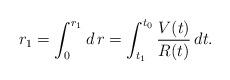
LaTeX: \begin{align*}r_{1}=\int_0^{r_1} d\,r=\int_{t_{1}}^{t_{0}}\frac{V(t)}{R(t)}\,dt.\end{align*}